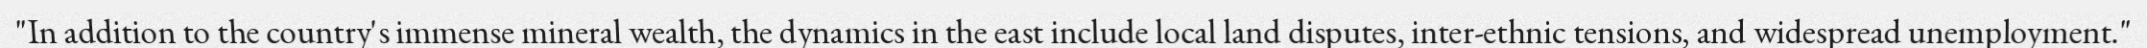
"In addition to the country's immense mineral wealth, the dynamics in the east include local land disputes, inter-ethnic tensions, and widespread unemployment."